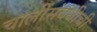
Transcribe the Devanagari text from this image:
चालींसंबंधीची